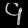
Digit: ၄